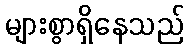
များစွာရှိနေသည်